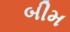
બીમ